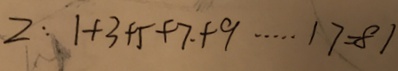
2 : 1 + 3 + 5 + 7 + 9 \cdots 1 7 = 8 1